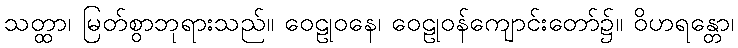
သတ္ထာ၊ မြတ်စွာဘုရားသည်။ ဝေဠုဝနေ၊ ဝေဠုဝန်ကျောင်းတော်၌။ ဝိဟရန္တော၊